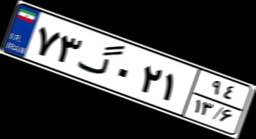
۸۳گ۹۱۰۸۱